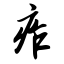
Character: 痄